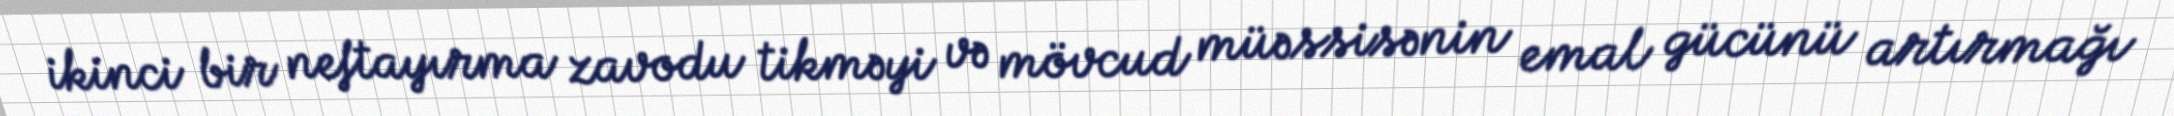
ikinci bir neftayırma zavodu tikməyi və mövcud müəssisənin emal gücünü artırmağı